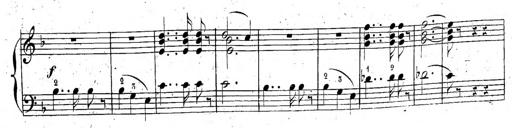
Title: 6 Sonatinen, Op.95
Composer: Ferdinand Hiller
Key: Various